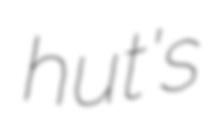
hut's